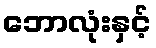
ဘောလုံးနှင့်